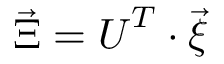
\vec { \Xi } = \boldsymbol { U } ^ { T } \cdot \vec { \xi }